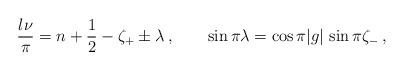
LaTeX: \begin{align*}\frac{l\nu}{\pi} = n + \frac{1}{2} - \zeta_+ \pm \lambda \>,\qquad\sin \pi \lambda = \cos \pi |g|\, \sin \pi \zeta_- \>,\end{align*}